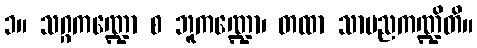
၁။ သဂ္ဂကဏ္ဍော စ ဘူကဏ္ဍော၊ တထာ သာမညကဏ္ဍိတိ။